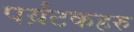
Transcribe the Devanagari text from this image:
पर्य़टकहरु